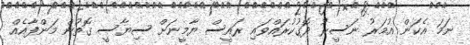
ނަމަ އެކަން އުމަރު ނަސީރު ދޮގުކުރައްވައި ރައީސް ޔާމީނަށް ސިޔާސީ ގޮތުން މަންފާއެއް